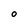
Character: O